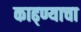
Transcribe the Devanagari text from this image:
काढ्ण्याचा